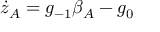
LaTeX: \dot { z } _ { A } = g _ { - 1 } \beta _ { A } - g _ { 0 }